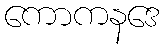
ကောကနဒေ